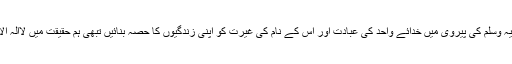
پس ہمارا فرض بنتا ہے کہ ہم اپنے آقا و مطاع صلی اللہ علیہ وسلم کی پیروی میں خدائے واحد کی عبادت اور اس کے نام کی غیرت کو اپنی زندگیوں کا حصہ بنائیں تبھی ہم حقیقت میں لَااِلٰہَ اِلَّا اللّٰہُ مُحَمَّدٌ رَّسُوْلُ اللّٰہ کا کلمہ پڑھنے والے کہلا سکتے ہیں۔